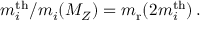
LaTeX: m _ { i } ^ { \mathrm { t h } } / m _ { i } ( M _ { { Z } } ) = m _ { \mathrm { r } } ( 2 m _ { i } ^ { \mathrm { t h } } ) \, .